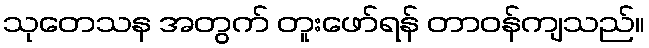
သုတေသန အတွက် တူးဖော်ရန် တာဝန်ကျသည်။